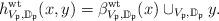
LaTeX: \begin{align*}h^{\mathrm{wt}}_{V_{\frak p},\mathbb D_{\frak p}}(x,y)=\beta^{\mathrm{wt}}_{V_{\frak p},\mathbb D_{\frak p}}(x)\cup_{V_{\frak p},\mathbb D_{\frak p}}y.\end{align*}